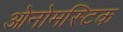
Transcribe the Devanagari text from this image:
ओनोमस्टिक